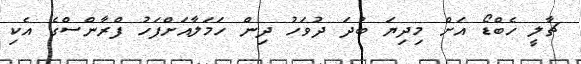
ޗާލީ ހެބްޑޯ އަށް މިދިޔަ ބުދަ ދުވަހު ދިން ހަމަލާއަށްފަހު ފްރާންސްގެ އެކި